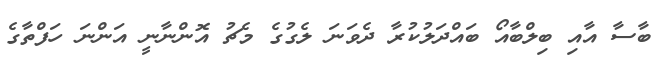
ބާސާ އާއި ބިލްބާއޯ ބައްދަލުކުރާ ދެވަނަ ލެގުގެ މެޗު އޮންނާނީ އަންނަ ހަފްތާގެ